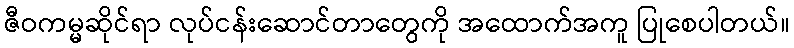
ဇီဝကမ္မဆိုင်ရာ လုပ်ငန်းဆောင်တာတွေကို အထောက်အကူ ပြုစေပါတယ်။